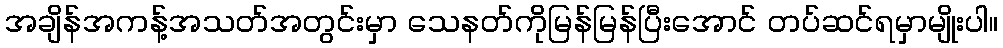
အချိန်အကန့်အသတ်အတွင်းမှာ သေနတ်ကိုမြန်မြန်ပြီးအောင် တပ်ဆင်ရမှာမျိုးပါ။